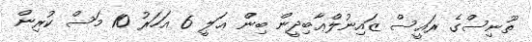
ތޫނިސްގެ ރައީސް ޒައިނުލްޢާބިދީން ބިން ޢަލީ 6 އަހަރު 10 މަސް ކުރިން